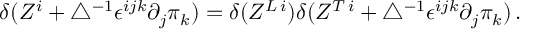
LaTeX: \delta ( Z ^ { i } + \bigtriangleup ^ { - 1 } \epsilon ^ { i j k } \partial _ { j } \pi _ { k } ) = \delta ( Z ^ { L \, i } ) \delta ( Z ^ { T \, i } + \bigtriangleup ^ { - 1 } \epsilon ^ { i j k } \partial _ { j } \pi _ { k } ) \, .